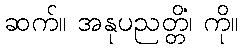
ဆက်။ အနုပညတ္တိံ၊ ကို။